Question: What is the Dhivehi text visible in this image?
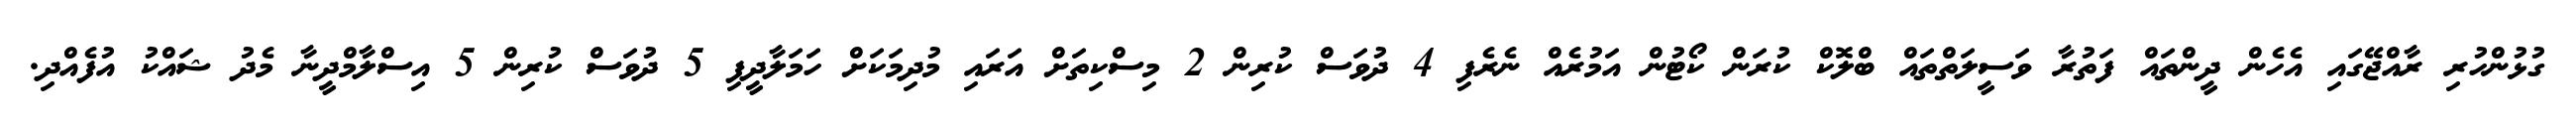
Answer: ގުޅުންހުރި ރާއްޖޭގައި އެހެން ދީންތައް ފަތުރާ ވަސީލަތްތައް ބްލޮކް ކުރަން ކޯޓުން އަމުރެއް ނެރެފި 4 ދުވަސް ކުރިން 2 މިސްކިތަށް އަރައި މުދިމަކަށް ހަމަލާދީފި 5 ދުވަސް ކުރިން 5 އިސްލާމްދީނާ މެދު ޝައްކު އުފެއްދި.